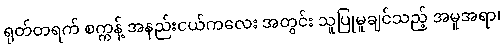
ရုတ်တရက် စက္ကန့် အနည်းငယ်ကလေး အတွင်း သူပြုမူချင်သည့် အမူအရာ၊